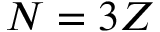
N = 3 Z